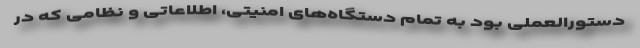
دستورالعملی بود به تمام دستگاه‌های امنیتی، اطلاعاتی و نظامی که در